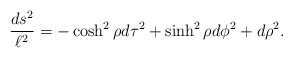
\begin{align*}{ds^{2}\over \ell^{2}}=-\cosh^{2}\rho d\tau^2+\sinh^{2}\rho d\phi^{2}+d\rho^{2}.\end{align*}